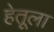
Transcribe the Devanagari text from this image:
हेतूला